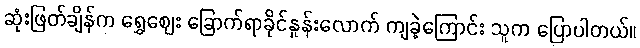
ဆုံးဖြတ်ချိန်က ရွှေဈေး ခြောက်ရာခိုင်နှုန်းလောက် ကျခဲ့ကြောင်း သူက ပြောပါတယ်။